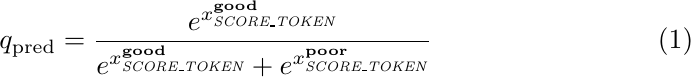
\begin{equation}
q_\mathrm{pred} = \frac{e^{x^\text{\textbf{good}}_{\textit{SCORE\_TOKEN}}}}{e^{x^\text{\textbf{good}}_{\textit{SCORE\_TOKEN}}}+e^{x^\text{\textbf{poor}}_{\textit{SCORE\_TOKEN}}}}
\label{eq:1}
\end{equation}